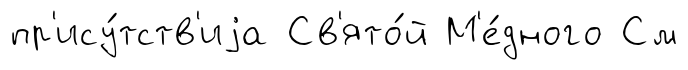
пр'ису́тств'иjа Св'ято́й М'е́дного См